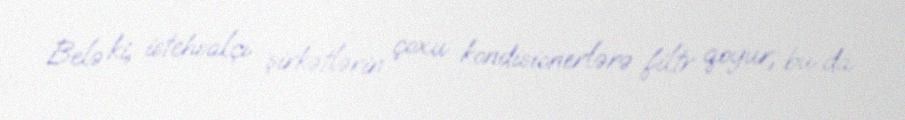
Belə ki, istehsalçı şirkətlərin çoxu kondisionerlərə filtr qoyur, bu da